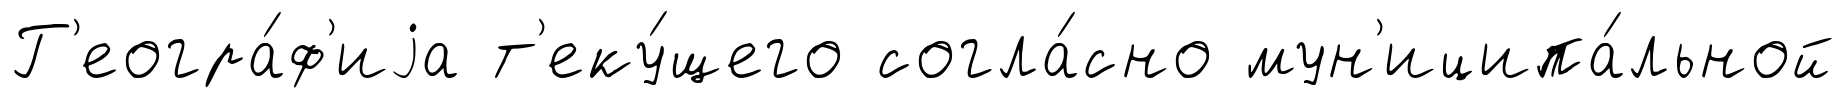
Г'еогра́ф'иjа т'еку́щего согла́сно мун'иципа́льной